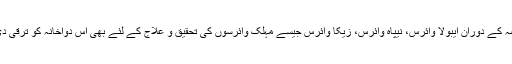
حالیہ عرصہ کے دوران ایبولا وائرس، نیپاہ وائرس، زیکا وائرس جیسے مہلک وائرسوں کی تحقیق و علاج کے لئے بھی اس دواخانہ کو ترقی دی گئی تھی۔